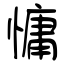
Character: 慵